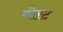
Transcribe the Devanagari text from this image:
योरट